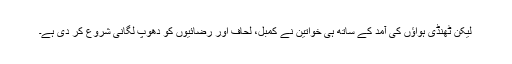
لیکن ٹھنڈی ہواؤں کی آمد کے ساتھ ہی خواتین نے کمبل، لحاف اور رضائیوں کو دھوپ لگانی شروع کر دی ہے۔